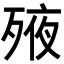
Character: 𣨜